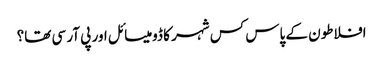
افلاطون کے پاس کس شہر کا ڈومیسائل اور پی آر سی تھا؟